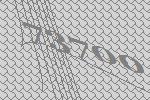
73700